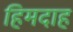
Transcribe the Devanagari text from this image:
हिमदाह